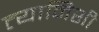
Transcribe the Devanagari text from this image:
त्यानिशी